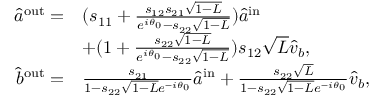
\begin{array} { r l } { \hat { a } ^ { \mathrm { { o u t } } } = } & { ( s _ { 1 1 } + \frac { s _ { 1 2 } s _ { 2 1 } \sqrt { 1 - L } } { e ^ { i \theta _ { 0 } } - s _ { 2 2 } \sqrt { 1 - L } } ) \hat { a } ^ { \mathrm { i n } } } \\ & { + ( 1 + \frac { s _ { 2 2 } \sqrt { 1 - L } } { e ^ { i \theta _ { 0 } } - s _ { 2 2 } \sqrt { 1 - L } } ) s _ { 1 2 } \sqrt { L } \hat { v } _ { b } , } \\ { \hat { b } ^ { \mathrm { { o u t } } } = } & { \frac { s _ { 2 1 } } { 1 - s _ { 2 2 } \sqrt { 1 - L } e ^ { - i \theta _ { 0 } } } \hat { a } ^ { \mathrm { i n } } + \frac { s _ { 2 2 } \sqrt { L } } { 1 - s _ { 2 2 } \sqrt { 1 - L } e ^ { - i \theta _ { 0 } } } \hat { v } _ { b } , } \end{array}